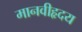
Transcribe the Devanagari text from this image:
मानवीहृदय